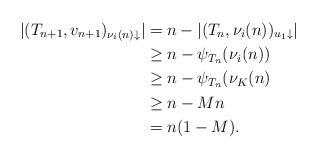
LaTeX: \begin{align*}|(T_{n+1}, v_{n+1})_{\nu_i(n)\downarrow}| &= n - |(T_n, \nu_i(n))_{u_1\downarrow}|\\&\geq n - \psi_{T_n}(\nu_i(n))\\&\geq n - \psi_{T_n}(\nu_K(n)\\&\geq n-Mn \\&= n(1-M).\end{align*}